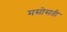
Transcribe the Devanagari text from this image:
मसोसती